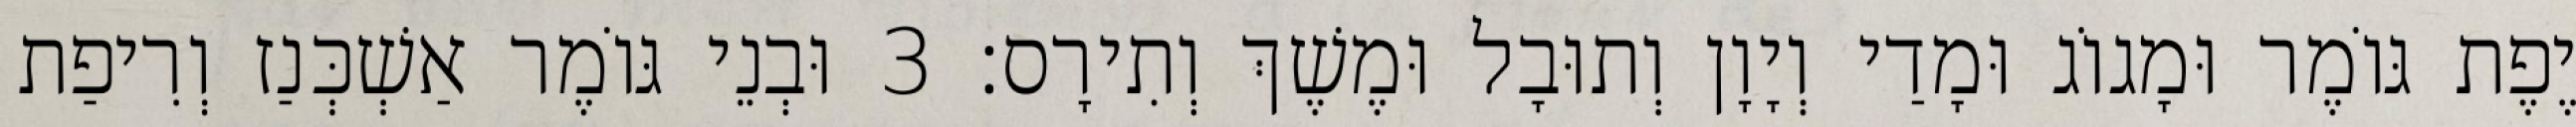
יֶפֶת גּוֹמֶר וּמָגוֹג וּמָדַי וְיָוָן וְתוּבָל וּמֶשֶׁךְ וְתִירָס׃ 3 וּבְנֵי גּוֹמֶר אַשְׁכְּנַז וְרִיפַת